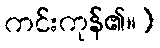
ကင်းကုန်၏။)